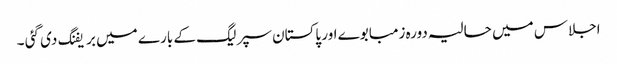
اجلاس میں حالیہ دورہ زمبابوے اور پاکستان سپر لیگ کے بارے میں بریفنگ دی گئی ۔